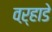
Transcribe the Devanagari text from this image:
वऱ्हाडे